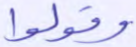
وقولوا